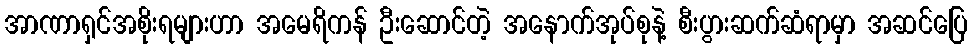
အာဏာရှင်အစိုးရများဟာ အမေရိကန် ဦးဆောင်တဲ့ အနောက်အုပ်စုနဲ့ စီးပွားဆက်ဆံရာမှာ အဆင်ပြေ